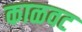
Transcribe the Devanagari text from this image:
काळवट